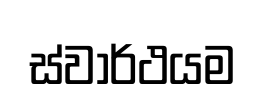
ස්වාර්ථයම